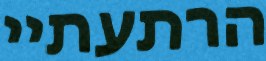
הרתעתיי